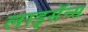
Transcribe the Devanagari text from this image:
लाइसॅन्स